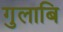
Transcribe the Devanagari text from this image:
गुलाबि